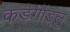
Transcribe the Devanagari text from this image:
कड़ेगोंड्लु